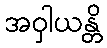
အဝှါယန္တိ